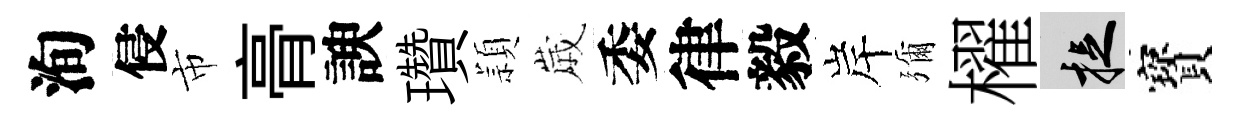
洵侵市𮌔諛瓚頴𡻕委律毅岸彌櫂捉寳